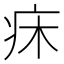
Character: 𤴷